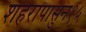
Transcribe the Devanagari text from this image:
शहरापासुन१५